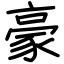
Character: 豪